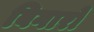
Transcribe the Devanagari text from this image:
बिगारो